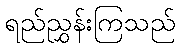
ရည်ညွှန်းကြသည်